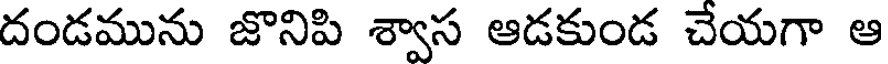
దండమును జొనిపి శ్వాస ఆడకుండ చేయగా ఆ